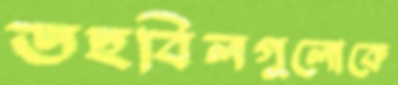
তহবিলগুলোকে